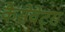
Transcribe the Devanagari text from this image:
कैसेवेट्स